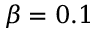
\beta = 0 . 1